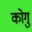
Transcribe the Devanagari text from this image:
कोगु